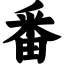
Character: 番